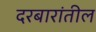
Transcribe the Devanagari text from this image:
दरबारांतील